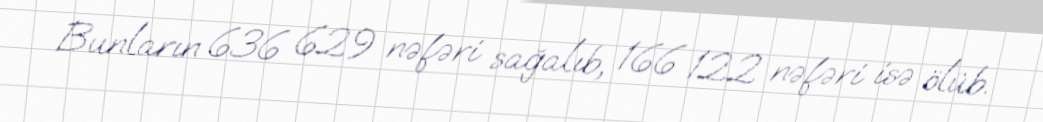
Bunların 636 629 nəfəri sağalıb, 166 122 nəfəri isə ölüb.